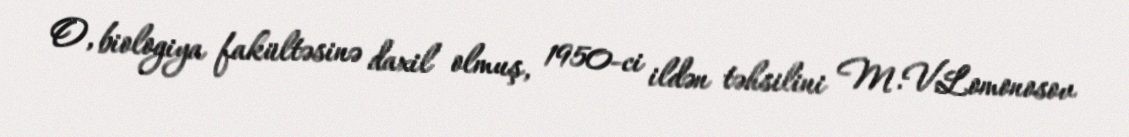
O, biologiya fakültəsinə daxil olmuş, 1950-ci ildən təhsilini M.V.Lomonosov